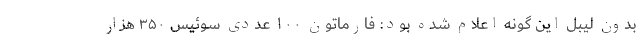
بدون لیبل این گونه اعلام شده بود: فارماتون ۱۰۰ عددی سوئیس ۳۵۰ هزار